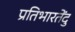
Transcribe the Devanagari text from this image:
प्रतिभारतेंदु